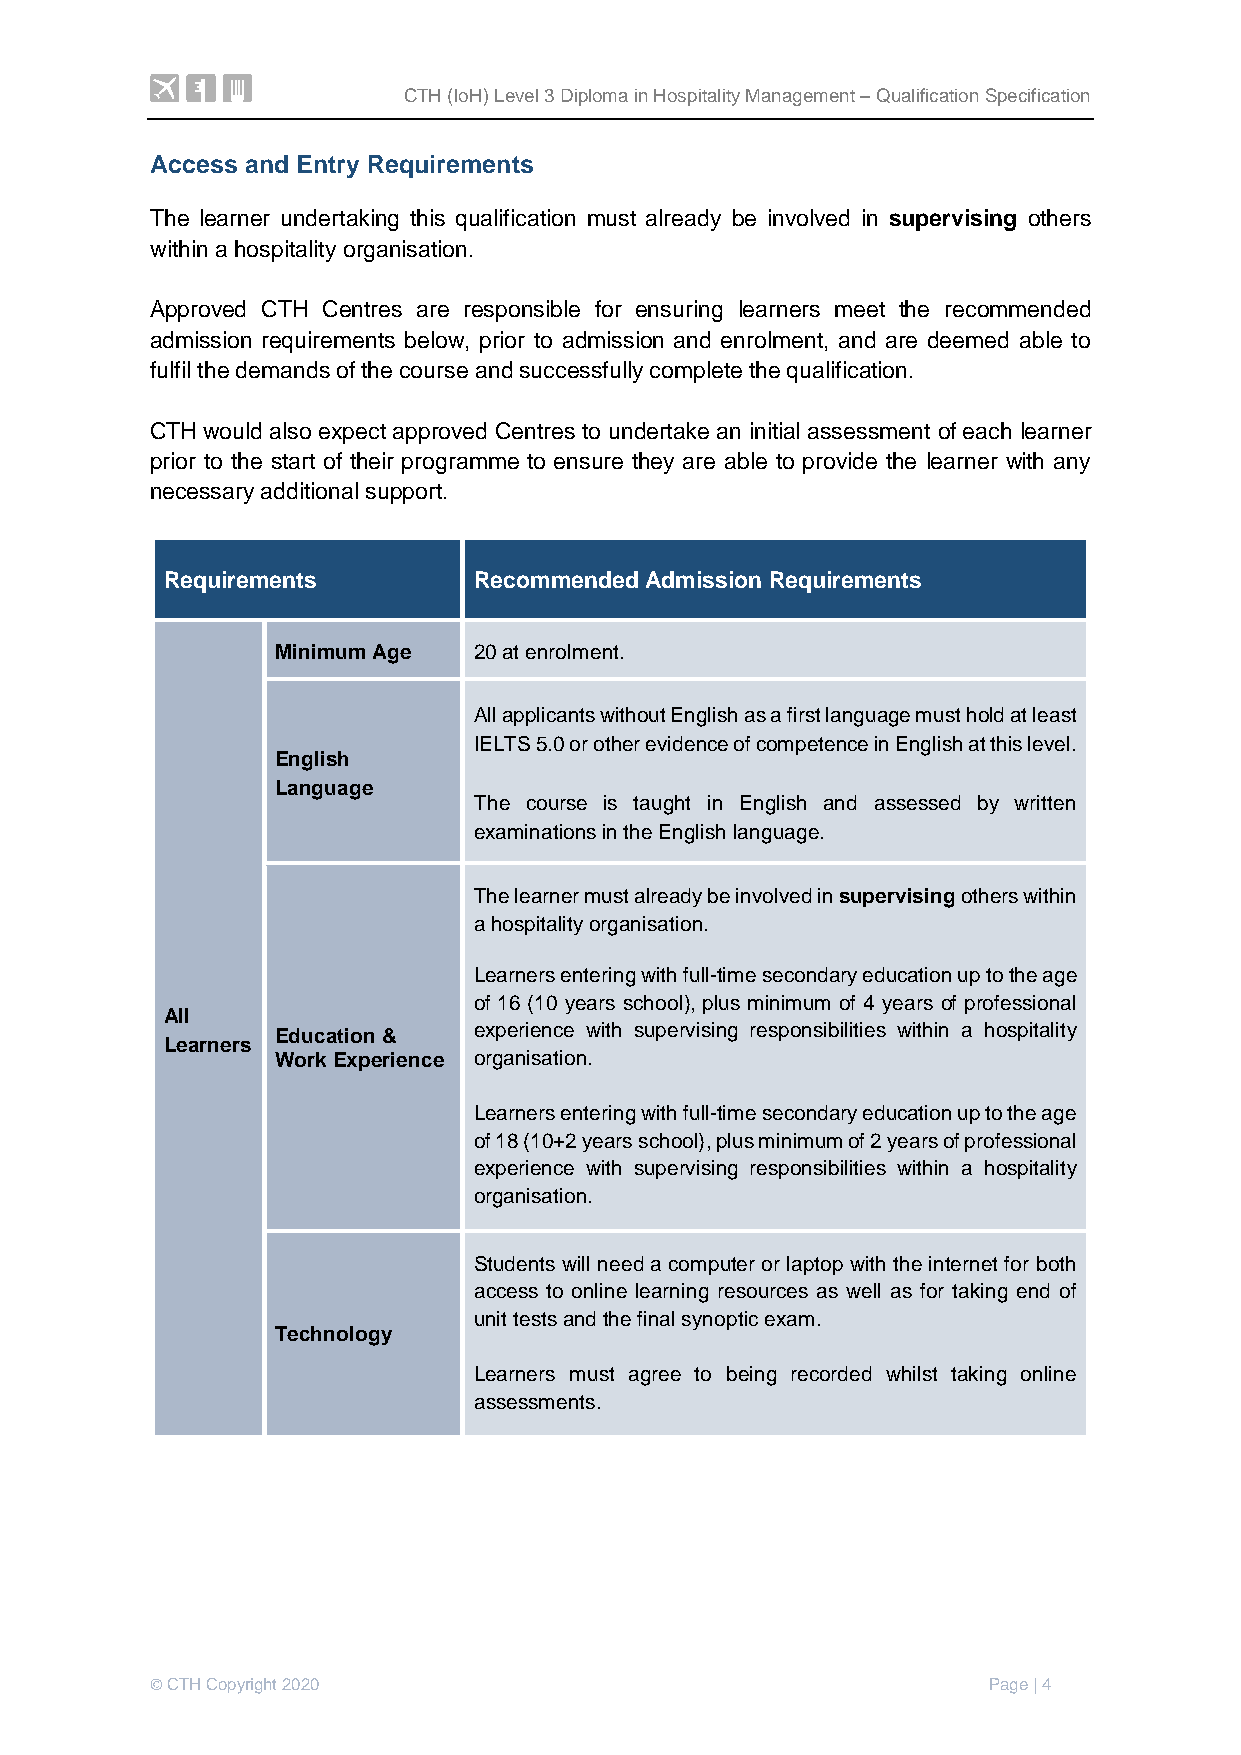
CTH (IoH) Level 3 Diploma in Hospitality Management – Qualification Specification
 Access and Entry Requirements
 The learner undertaking this qualification must already be involved in supervising others
 within a hospitality organisation.
 Approved CTH Centres are responsible for ensuring learners meet the recommended
 admission requirements below, prior to admission and enrolment, and are deemed able to
 fulfil the demands of the course and successfully complete the qualification.
 CTH would also expect approved Centres to undertake an initial assessment of each learner
 prior to the start of their programme to ensure they are able to provide the learner with any
 necessary additional support.
 Requirements        Recommended Admission Requirements
 Minimum Age  20 at enrolment.
 All applicants without English as a first language must hold at least
 IELTS 5.0 or other evidence of competence in English at this level.
 English
 Language
 The course is taught in English and assessed by written
 examinations in the English language.
 The learner must already be involved in supervising others within
 a hospitality organisation.
 Learners entering with full-time secondary education up to the age
 of 16 (10 years school), plus minimum of 4 years of professional
 All
 Education &  experience with supervising responsibilities within a hospitality
 Learners
 Work Experience organisation.
 Learners entering with full-time secondary education up to the age
 of 18 (10+2 years school), plus minimum of 2 years of professional
 experience with supervising responsibilities within a hospitality
 organisation.
 Students will need a computer or laptop with the internet for both
 access to online learning resources as well as for taking end of
 unit tests and the final synoptic exam.
 Technology
 Learners must agree to being recorded whilst taking online
 assessments.
 © CTH Copyright 2020                                   Page | 4